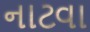
નાટવા